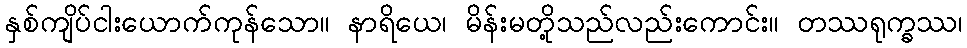
နှစ်ကျိပ်ငါးယောက်ကုန်သော။ နာရိယေ၊ မိန်းမတို့သည်လည်းကောင်း။ တဿရုက္ခဿ၊